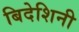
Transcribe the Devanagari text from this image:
बिदेशिनी